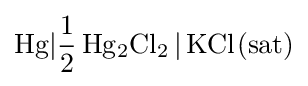
{\ce {Hg|1/2Hg2Cl2 | KCl(sat)}}